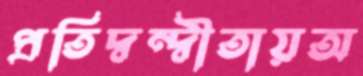
প্রতিদ্বন্দ্বীতায়অ